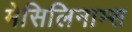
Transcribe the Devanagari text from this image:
मेसिलिनाम्स